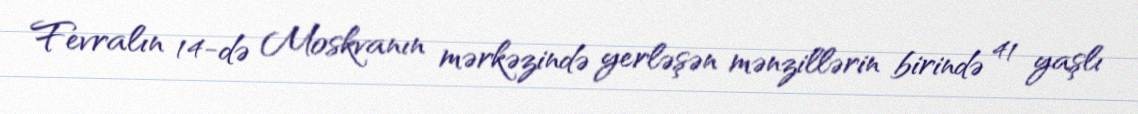
Fevralın 14-də Moskvanın mərkəzində yerləşən mənzillərin birində 41 yaşlı